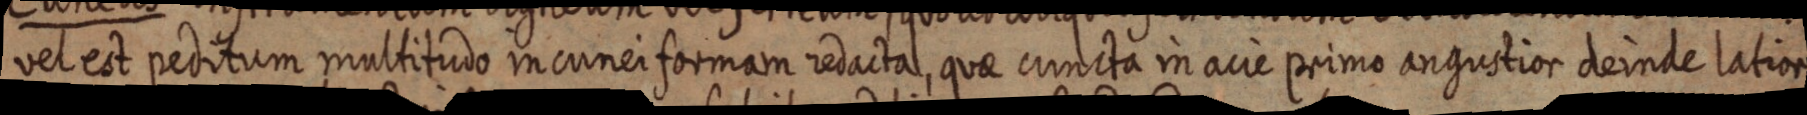
vel est peditum multitudo in cunei formam redacta, quae cuncta in acie primo angustior deinde latior